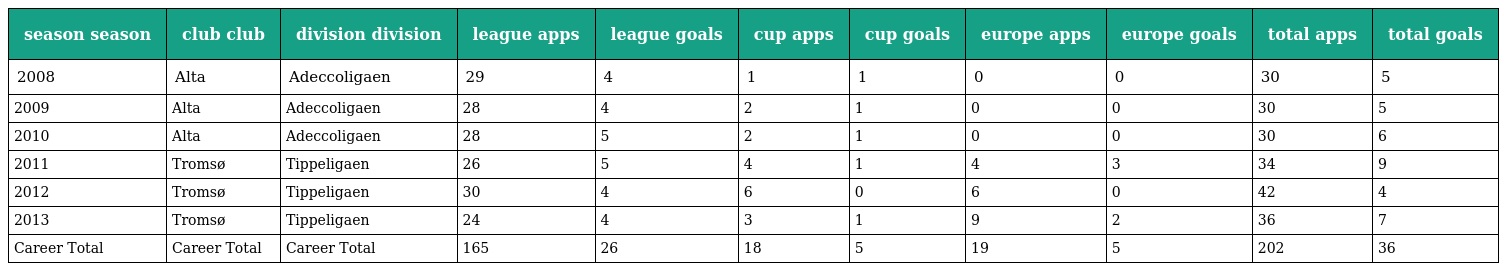
| season season | club club | division division | league apps | league goals | cup apps | cup goals | europe apps | europe goals | total apps | total goals |
 | --- | --- | --- | --- | --- | --- | --- | --- | --- | --- | --- |
 | 2008 | Alta | Adeccoligaen | 29 | 4 | 1 | 1 | 0 | 0 | 30 | 5 |
 | 2009 | Alta | Adeccoligaen | 28 | 4 | 2 | 1 | 0 | 0 | 30 | 5 |
 | 2010 | Alta | Adeccoligaen | 28 | 5 | 2 | 1 | 0 | 0 | 30 | 6 |
 | 2011 | Tromsø | Tippeligaen | 26 | 5 | 4 | 1 | 4 | 3 | 34 | 9 |
 | 2012 | Tromsø | Tippeligaen | 30 | 4 | 6 | 0 | 6 | 0 | 42 | 4 |
 | 2013 | Tromsø | Tippeligaen | 24 | 4 | 3 | 1 | 9 | 2 | 36 | 7 |
 | Career Total | Career Total | Career Total | 165 | 26 | 18 | 5 | 19 | 5 | 202 | 36 |